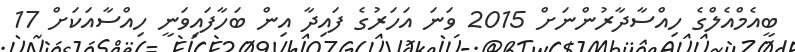
ބީއެމްއެލްގެ ހިއްސާދާރުންނަށް 2015 ވަނަ އަހަރުގެ ފައިދާ އިން ބަހާފައިވަނީ ހިއްސާއަކަށް 17